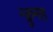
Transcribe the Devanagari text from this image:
न्क्रुमह